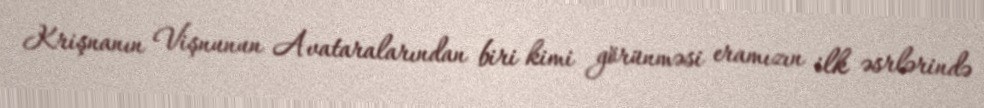
Krişnanın Vişnunun Avataralarından biri kimi görünməsi eramızın ilk əsrlərində